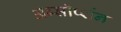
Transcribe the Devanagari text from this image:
अब्सॉर्प्शन